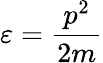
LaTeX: \varepsilon=\frac{p^{2}}{2m}